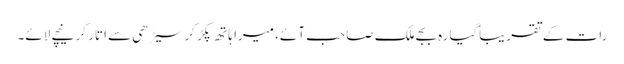
رات کے تقریباًگیارہ بجے ملک صاحب آئے، میرا ہاتھ پکڑ کر سیڑھی سے اتار کر نیچے لائے۔